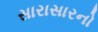
સારાસારનો